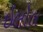
ઇલોલ